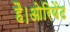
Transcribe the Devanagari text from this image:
है।ओरियेंट